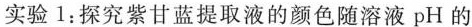
实验1:探究紫甘蓝提取液的颜色随溶液pH的